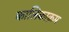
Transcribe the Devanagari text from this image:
कालिकाक्रम